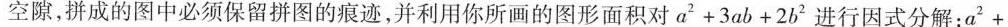
空隙，拼成的图中必须保留拼图的痕迹，并利用你所画的图形面积对$$a ^ { 2 } + 3 ab + 2 b^ { 2 }$$ 进行因式分解：$$a ^ { 2 } +